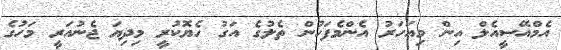
އެމްއޭސީއެލް އިން މިއަހަރު އެންމެފަހުން ތެލުގެ އަގު ހެޔޮކުރީ މިދިޔަ ޖެނުއަރީ މަހުގެ